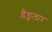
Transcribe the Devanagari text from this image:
ग्लैंडुलार